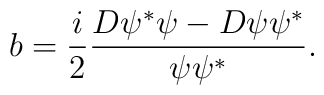
b=\frac i2\frac{D\psi ^{*}\psi -D\psi \psi ^{*}}{\psi \psi ^{*}}.